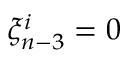
\xi _ { n - 3 } ^ { i } = 0